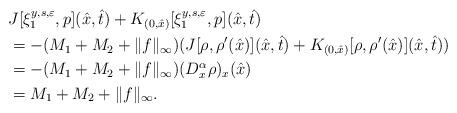
LaTeX: \begin{align*}&J[\xi_1^{y,s,\varepsilon},p](\hat{x},\hat{t})+K_{(0,\hat{x})}[\xi_1^{y,s,\varepsilon},p](\hat{x},\hat{t})\\&=-(M_1+M_2+\|f\|_\infty)(J[\rho,\rho'(\hat{x})](\hat{x},\hat{t})+K_{(0,\hat{x})}[\rho,\rho'(\hat{x})](\hat{x},\hat{t}))\\&=-(M_1+M_2+\|f\|_\infty)(D_x^\alpha\rho)_x(\hat{x})\\&=M_1+M_2+\|f\|_\infty.\end{align*}